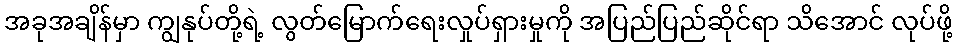
အခုအချိန်မှာ ကျွနုပ်တို့ရဲ့ လွတ်မြောက်ရေးလှုပ်ရှားမှုကို အပြည်ပြည်ဆိုင်ရာ သိအောင် လုပ်ဖို့